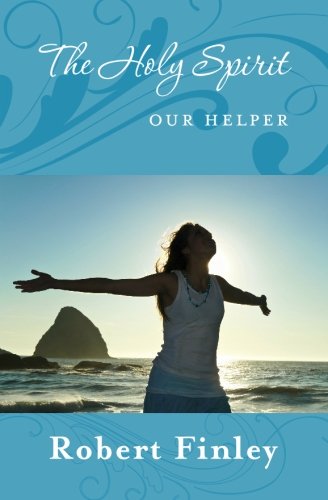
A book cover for The Holy Spirit: Our Helper; Robert Finley; Christian Books & Bibles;